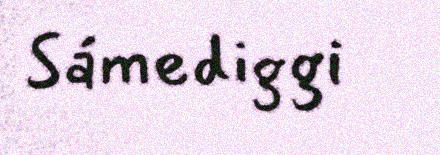
Sámediggi